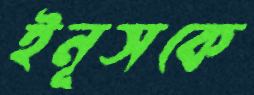
ইনূসকে